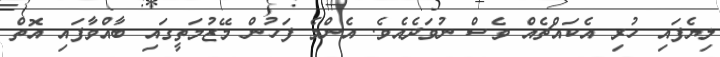
ލިޔެފައި ހުރި އެކައްޗެއް ވެސް ނުވަދެއެވެ. އެންމެ ފަހުން މޭޒުމަތީގައި ބާއްވާފައި އޮތް